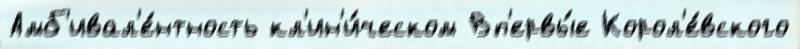
Амб'ивал'е́нтность кл'ин'и́ческом Вп'ервы́е Корол'е́вского